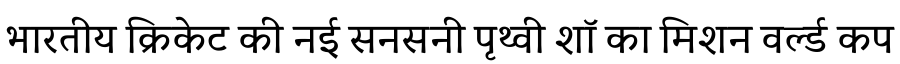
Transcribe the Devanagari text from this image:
भारतीय क्रिकेट की नई सनसनी पृथ्वी शॉ का मिशन वर्ल्ड कप